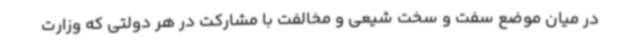
در میان موضع سفت و سخت شیعی و مخالفت با مشارکت در هر دولتی که وزارت